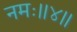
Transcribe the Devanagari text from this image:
नमः॥४॥